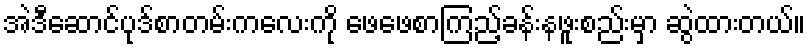
အဲဒီဆောင်ပုဒ်စာတမ်းကလေးကို ဖေဖေစာကြည့်ခန်းနဖူးစည်းမှာ ဆွဲထားတယ်။